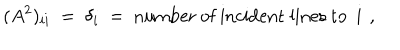
LaTeX: ( A ^ { 2 } ) _ { i i } ~ = ~ \delta _ { i } ~ = ~ \mathrm { n u m b e r ~ o f ~ i n c i d e n t ~ l i n e s ~ t o ~ i ~ } \, ,